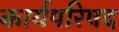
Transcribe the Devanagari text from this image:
कार्यपरिषद